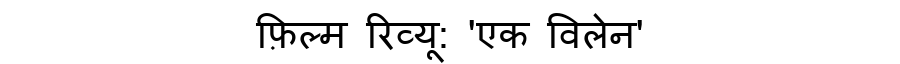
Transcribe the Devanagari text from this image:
फ़िल्म रिव्यू: 'एक विलेन'